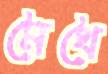
মৈথৈ